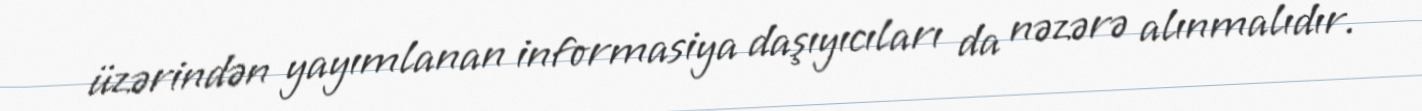
üzərindən yayımlanan informasiya daşıyıcıları da nəzərə alınmalıdır.